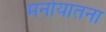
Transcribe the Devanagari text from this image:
मनोयातना